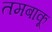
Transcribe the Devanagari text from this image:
तमबाकू